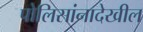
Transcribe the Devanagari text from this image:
पोलिसांनादेखील